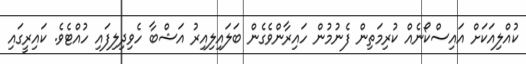
ކުއްލިއަކަށް އައިސްކޯނެއް ކުރިމަތިން ފެނުމުން ހައިރާންވެގެން ބަލައިލިއިރު އަޝްބާ ހެވިދިލިފައި ހުއްޓެވެ. ކައިރީގައި